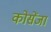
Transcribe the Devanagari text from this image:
कोसेंजा